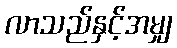
လာသည်နှင့်အမျှ